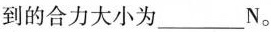
到的合力大小为___N。